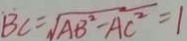
B C = \sqrt { A B ^ { 2 } - A C ^ { 2 } } = 1